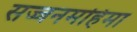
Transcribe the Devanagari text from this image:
सज्जनमहिमा